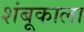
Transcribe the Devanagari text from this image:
शंबूकाला